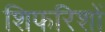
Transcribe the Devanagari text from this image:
शिफरिशों